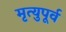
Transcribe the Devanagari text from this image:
मृत्युपूर्व